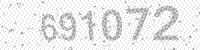
Solution: 691072